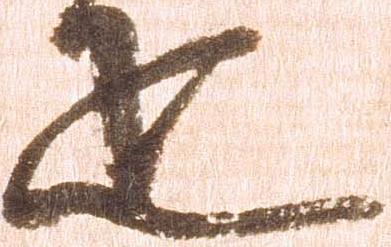
疋